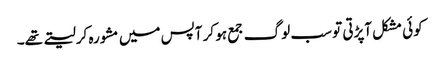
کوئی مشکل آپڑتی تو سب لوگ جمع ہو کر آپس میں مشورہ کرلیتے تھے۔